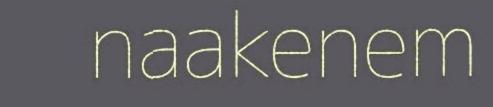
naakenem